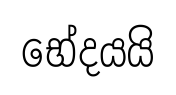
භේදයයි